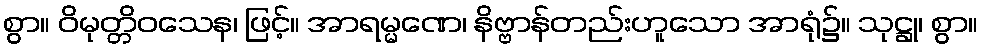
စွာ။ ဝိမုတ္တိဝသေန၊ ဖြင့်။ အာရမ္မဏေ၊ နိဗ္ဗာန်တည်းဟူသော အာရုံ၌။ သုဋ္ဌု၊ စွာ။